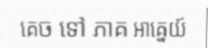
គេច ទៅ ភាគ អាគ្នេយ៍